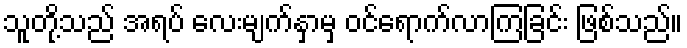
သူတို့သည် အရပ် လေးမျက်နှာမှ ဝင်ရောက်လာကြခြင်း ဖြစ်သည်။